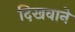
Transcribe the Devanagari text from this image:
दिखवाने